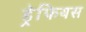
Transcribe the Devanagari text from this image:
ड्रेफियस